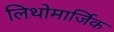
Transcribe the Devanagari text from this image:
लिथोमार्जिक